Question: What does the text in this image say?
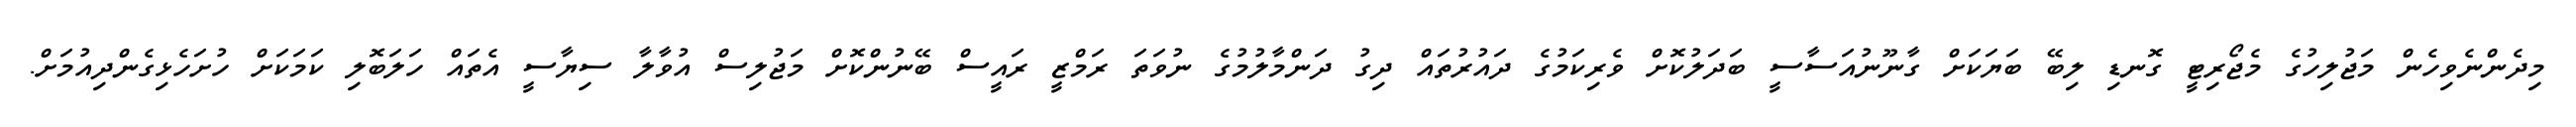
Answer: މިދެންނެވިހެން މަޖުލިހުގެ މެޖޯރިޓީ ގޮނޑި ލިބޭ ބަޔަކަށް ގާނޫނުއަސާސީ ބަދަލުކޮށް ވެރިކަމުގެ ދައުރުތައް ދިގު ދަންމާލުމުގެ ނުވަތަ ރަމްޒީ ރައީސް ބޭނުންކޮށް މަޖުލިސް އުވާލާ ސިޔާސީ އެތައް ހަލަބޮލި ކަމަކަށް ހުށަހެޅިގެންދިއުމަށް.